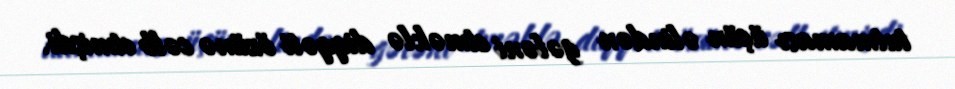
tutmaması üçün əlindən gələni etməklə diqqəti özünə cəlb etmişdi.